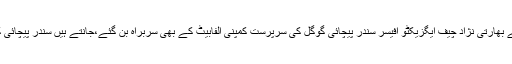
﻿ گوگل کے بھارتی نژاد چیف ایگزیکٹو آفیسر سندر پیچائی گوگل کی سرپرست کمپنی الفابیٹ کے بھی سربراہ بن گئے،جانتے ہیں سندر پیچائی کون ہیں ؟